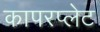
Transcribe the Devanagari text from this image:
कापरप्लेट